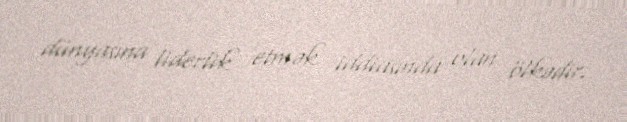
dünyasına liderlik etmək iddiasında olan ölkədir.